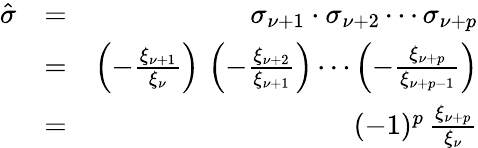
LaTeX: \begin{array}{rlr}{\hat{\sigma}}&{=}&{\sigma_{\nu+1}\cdot\sigma_{\nu+2}\cdots\sigma_{\nu+p}}\\ &{=}&{\left(-\frac{\xi_{\nu+1}}{\xi_{\nu}}\right)\, \left(-\frac{\xi_{\nu+2}}{\xi_{\nu+1}}\right)\cdots\left(-\frac{\xi_{\nu+p}}{\xi_{\nu+p-1}}\right)}\\ &{=}&{(-1)^{p}\, \frac{\xi_{\nu+p}}{\xi_{\nu}}}\end{array}